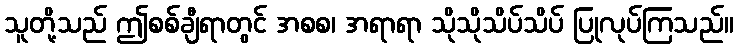
သူတို့သည် ဤစစ်ချီရာတွင် အစစ၊ အရာရာ သိုသိုသိပ်သိပ် ပြုလုပ်ကြသည်။